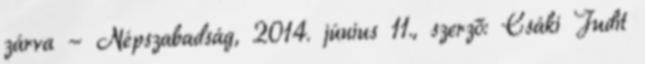
zárva - Népszabadság, 2014. június 11., szerző: Csáki Judit